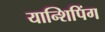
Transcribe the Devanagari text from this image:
यान्शिपिंग